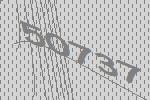
50737